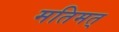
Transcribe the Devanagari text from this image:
मतिमत्‌